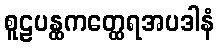
စူဠပန္ထကတ္ထေရအပဒါနံ